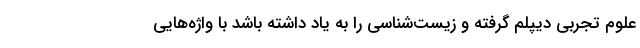
علوم تجربی دیپلم گرفته و زیست‌شناسی را به یاد داشته باشد با واژه‌هایی